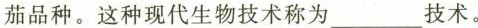
茄品种。这种现代生物技术称为___技术。